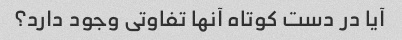
آیا در دست کوتاه آنها تفاوتی وجود دارد؟